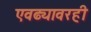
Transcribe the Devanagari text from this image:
एवढ्यावरही